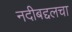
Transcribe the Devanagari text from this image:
नदीबद्दलचा